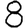
Digit: 8